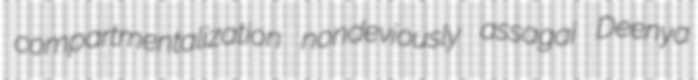
compartmentalization nondeviously assagai Deenya